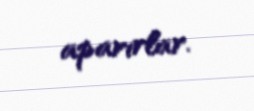
aparırlar.